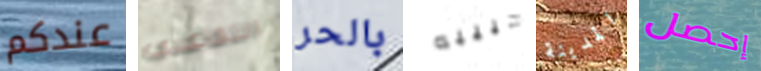
عندكم التقاعدي بالحر حبيبه المدينة إحصل